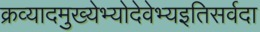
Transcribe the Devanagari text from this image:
क्रव्यादमुख्येभ्योदेवेभ्यइतिसर्वदा